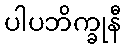
ပါပဘိက္ခုနီ